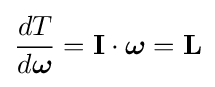
{\frac {dT}{d{\boldsymbol {\omega }}}}=\mathbf {I} \cdot {\boldsymbol {\omega }}=\mathbf {L}